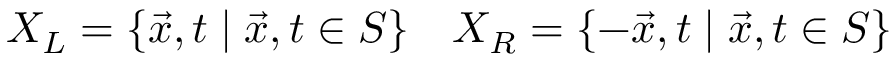
X _ { L } = \{ \vec { x } , t \; | \; \vec { x } , t \in S \} ~ ~ ~ X _ { R } = \{ - \vec { x } , t \; | \; \vec { x } , t \in S \}